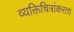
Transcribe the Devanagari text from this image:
व्यक्तिचित्रांकरता